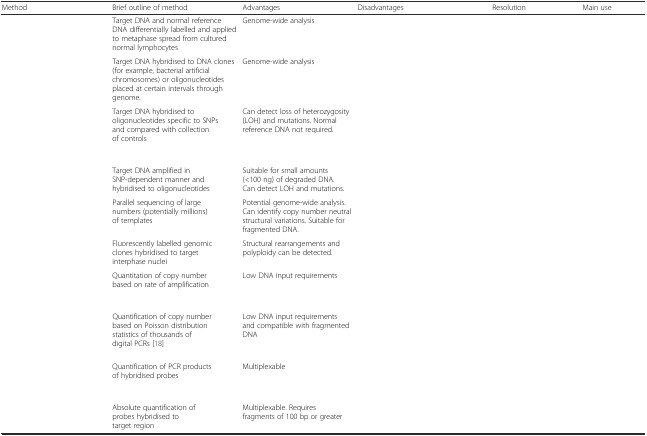
<table><thead><tr><td><b>Method</b></td><td><b>Brief outline of method</b></td><td><b>Advantages</b></td><td><b>Disadvantages</b></td><td><b>Resolution</b></td><td><b>Main use</b></td></tr></thead><tbody><tr><td>[EMPTY_CELL]</td><td>Target DNA and normal reference DNA differentially labelled and applied to metaphase spread from cultured normal lymphocytes</td><td>Genome-wide analysis</td><td>[EMPTY_CELL]</td><td>[EMPTY_CELL]</td><td>[EMPTY_CELL]</td></tr><tr><td>[EMPTY_CELL]</td><td>Target DNA hybridised to DNA clones (for example, bacterial artificial chromosomes) or oligonucleotides placed at certain intervals through genome.</td><td>Genome-wide analysis</td><td>[EMPTY_CELL]</td><td>[EMPTY_CELL]</td><td>[EMPTY_CELL]</td></tr><tr><td>[EMPTY_CELL]</td><td>Target DNA hybridised to oligonucleotides specific to SNPs and compared with collection of controls</td><td>Can detect loss of heterozygosity (LOH) and mutations. Normal reference DNA not required.</td><td>[EMPTY_CELL]</td><td>[EMPTY_CELL]</td><td>[EMPTY_CELL]</td></tr><tr><td>[EMPTY_CELL]</td><td>Target DNA amplified in SNP-dependent manner and hybridised to oligonucleotides</td><td>Suitable for small amounts (&lt;100 ng) of degraded DNA. Can detect LOH and mutations.</td><td>[EMPTY_CELL]</td><td>[EMPTY_CELL]</td><td>[EMPTY_CELL]</td></tr><tr><td>[EMPTY_CELL]</td><td>Parallel sequencing of large numbers (potentially millions) of templates</td><td>Potential genome-wide analysis. Can identify copy number neutral structural variations. Suitable for fragmented DNA.</td><td>[EMPTY_CELL]</td><td>[EMPTY_CELL]</td><td>[EMPTY_CELL]</td></tr><tr><td>[EMPTY_CELL]</td><td>Fluorescently labelled genomic clones hybridised to target interphase nuclei</td><td>Structural rearrangements and polyploidy can be detected.</td><td>[EMPTY_CELL]</td><td>[EMPTY_CELL]</td><td>[EMPTY_CELL]</td></tr><tr><td>[EMPTY_CELL]</td><td>Quantitation of copy number based on rate of amplification</td><td>Low DNA input requirements</td><td>[EMPTY_CELL]</td><td>[EMPTY_CELL]</td><td>[EMPTY_CELL]</td></tr><tr><td>[EMPTY_CELL]</td><td>Quantification of copy number based on Poisson distribution statistics of thousands of digital PCRs [18]</td><td>Low DNA input requirements and compatible with fragmented DNA</td><td>[EMPTY_CELL]</td><td>[EMPTY_CELL]</td><td>[EMPTY_CELL]</td></tr><tr><td>[EMPTY_CELL]</td><td>Quantification of PCR products of hybridised probes</td><td>Multiplexable</td><td>[EMPTY_CELL]</td><td>[EMPTY_CELL]</td><td>[EMPTY_CELL]</td></tr><tr><td>[EMPTY_CELL]</td><td>Absolute quantification of probes hybridised to target region</td><td>Multiplexable. Requires fragments of 100 bp or greater</td><td>[EMPTY_CELL]</td><td>[EMPTY_CELL]</td><td>[EMPTY_CELL]</td></tr></tbody></table>